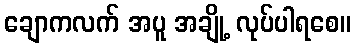
ချောကလက် အပူ အချို့ လုပ်ပါရစေ။